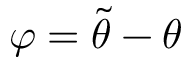
\varphi = \widetilde { \theta } - \theta